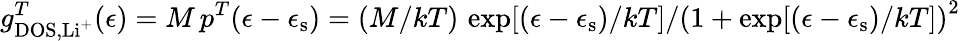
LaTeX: g_{\mathrm{DOS},\mathrm{Li^{+}}}^{T}(\epsilon)=M\, p^{T}(\epsilon-\epsilon_{\mathrm{s}})=(M/kT)\, \exp[(\epsilon-\epsilon_{\mathrm{s}})/kT]/\left(1+\exp[(\epsilon-\epsilon_{\mathrm{s}})/kT]\right)^{2}